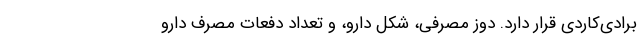
برادی‌کاردی قرار دارد. دوز مصرفی، شکل دارو، و تعداد دفعات مصرف دارو